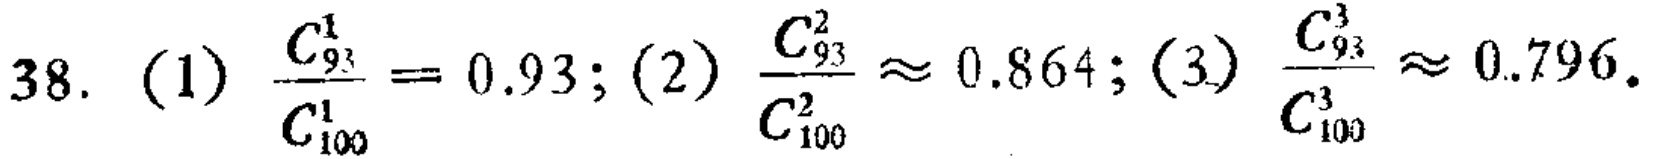
38. (1) \(\frac{C_{93}^1}{C_{100}^1}=0.93\); (2) \(\frac{C_{93}^2}{C_{100}^2}\approx0.864\); (3) \(\frac{C_{93}^3}{C_{100}^3}\approx0.796\).